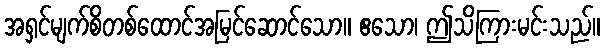
အရှင်မျက်စိတစ်ထောင်အမြင်ဆောင်သော။ ဧသော၊ ဤသိကြားမင်းသည်။